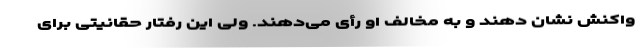
واکنش نشان دهند و به مخالف او رأی می‌دهند. ولی این رفتار حقانیتی برای